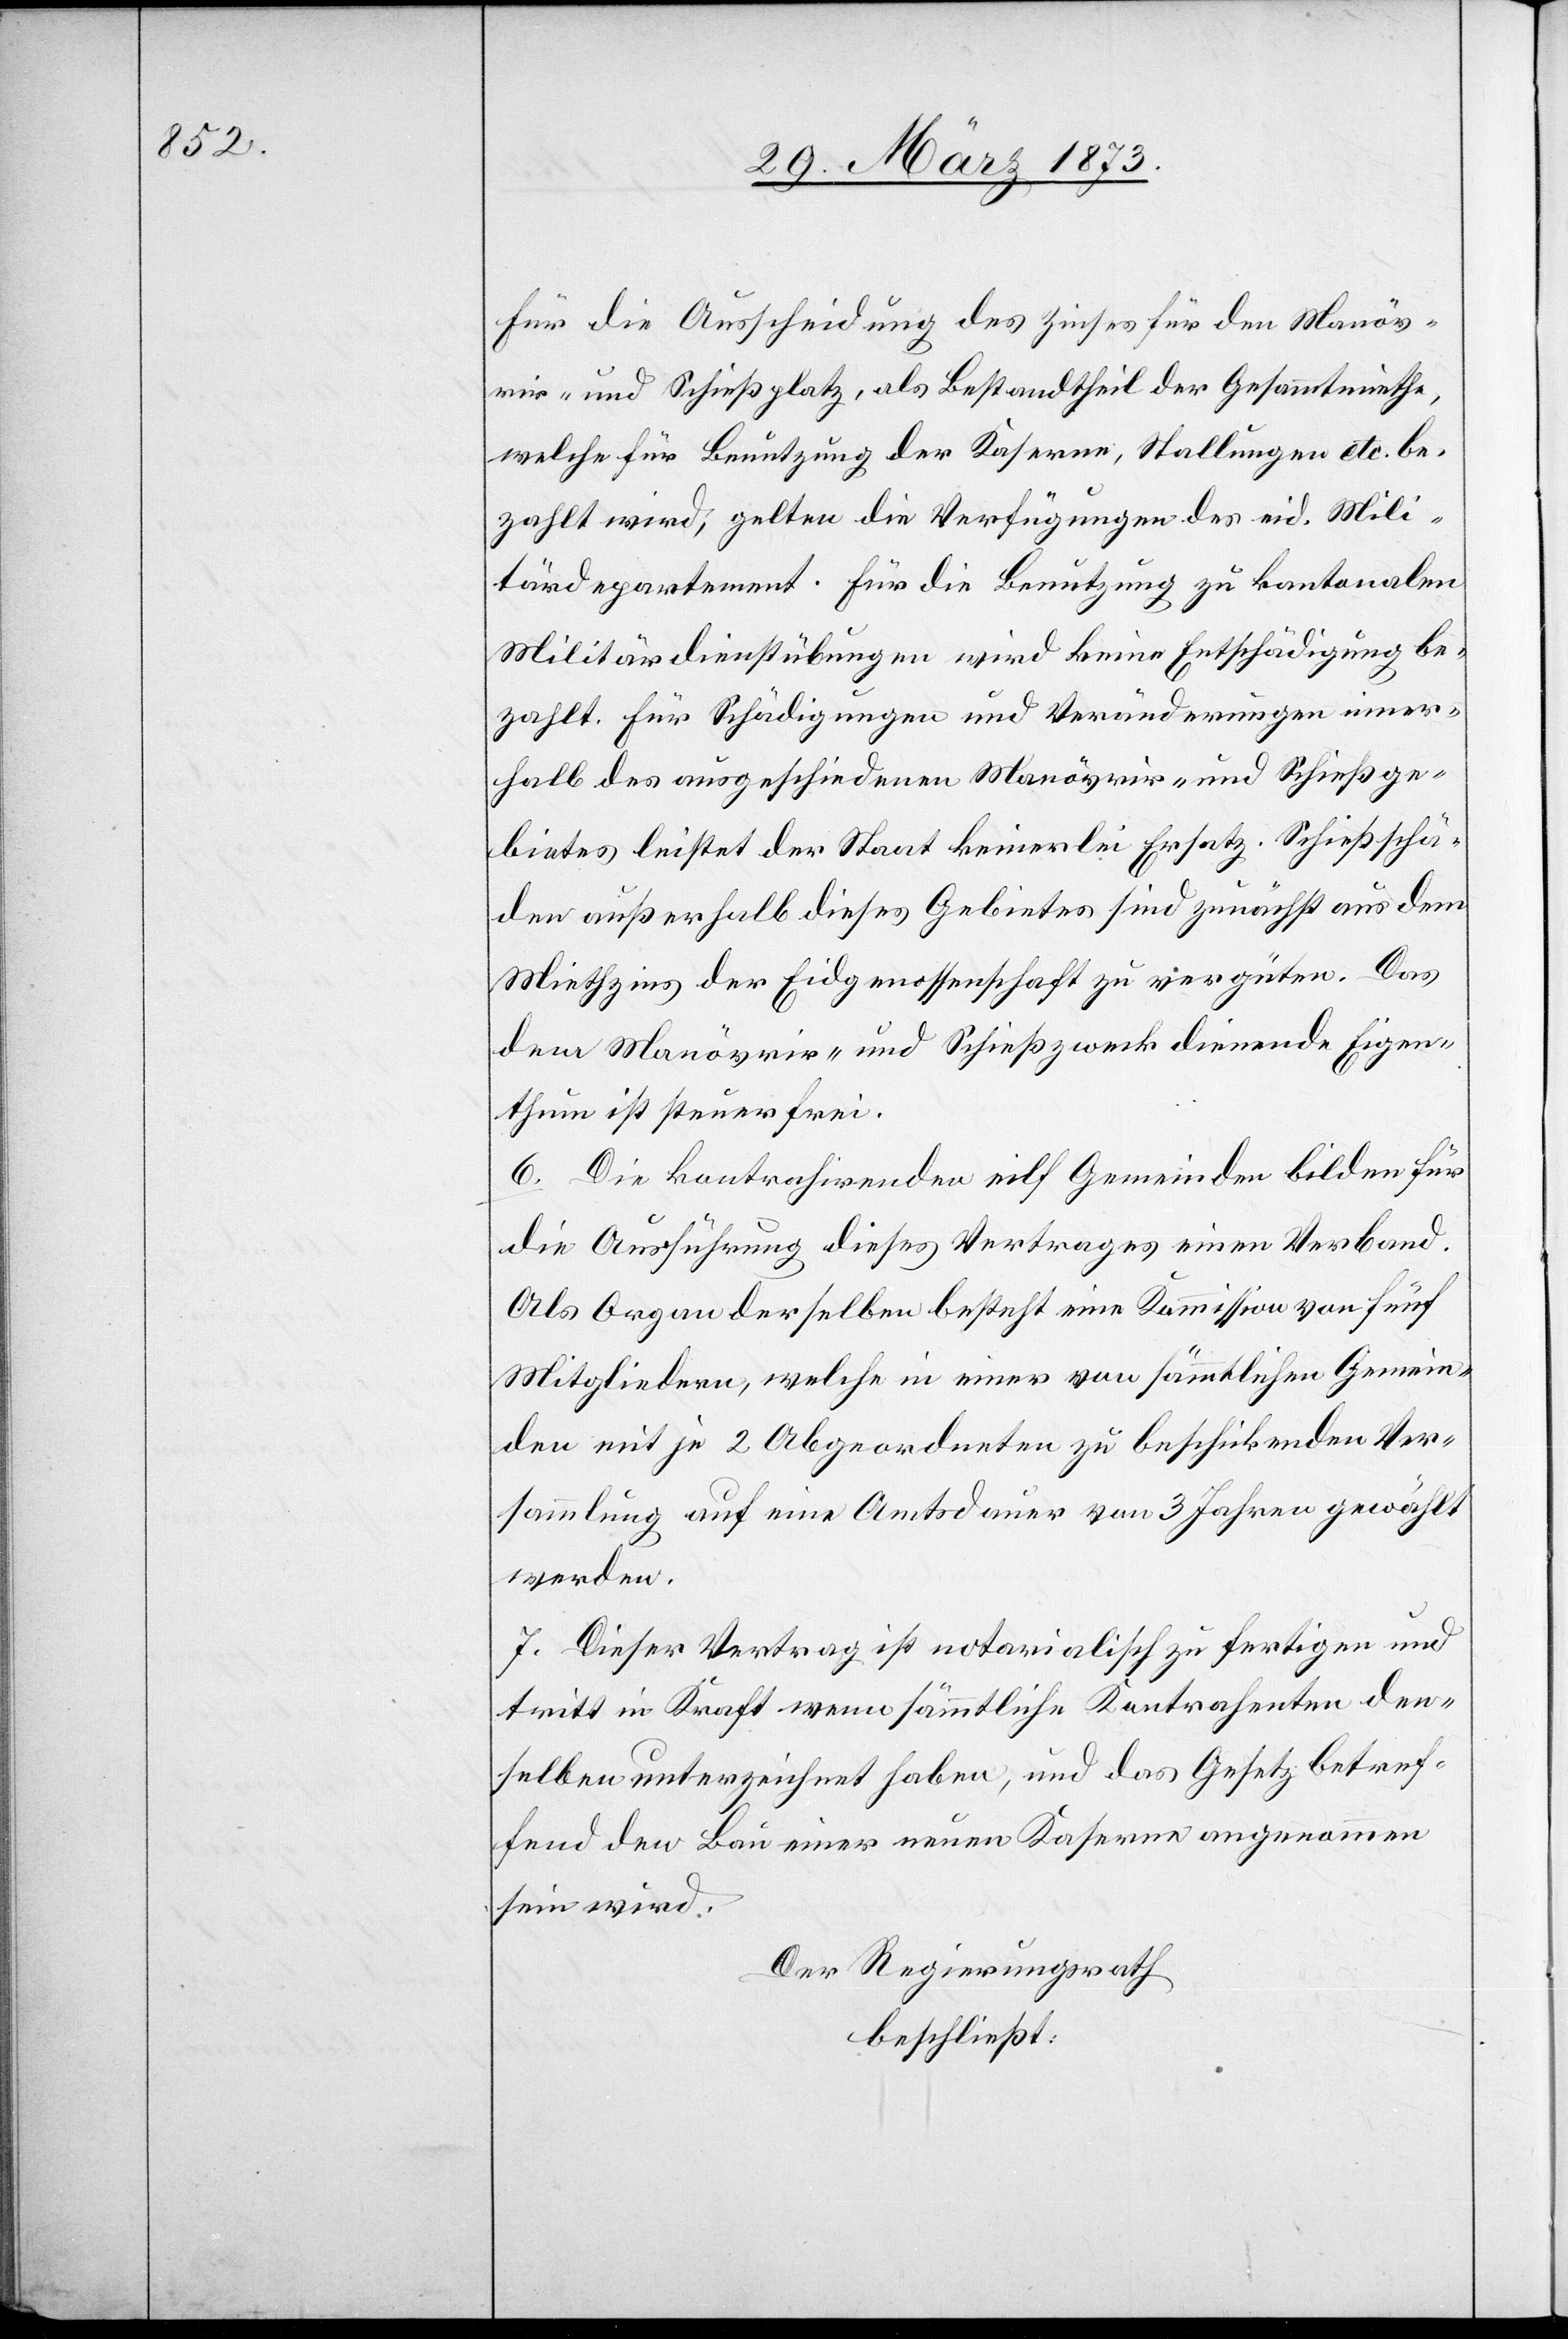
Für die Ausscheidung des Zinses für den Manöv¬
rir- und Schießplatz, als Bestandtheil der Gesammtmiethe,
welche für Benutzung der Kaserne, Stallungen etc. be¬
zahlt wird, gelten die Verfügungen des eid. Mili¬
tärdepartement. Für die Benutzung zu kantonalen
Militärdienstübungen wird keine Entschädigung be¬
zahlt. Für Schädigungen und Veränderungen inner¬
halb des ausgeschiedenen Manövrir- und Schießge¬
bietes leistet der Staat keinerlei Ersatz. Schießschä¬
den außerhalb dieses Gebietes sind zunächst aus dem
Miethzins der Eidgenossenschaft zu vergüten. Das
dem Manövrir- und Schießzweck dienende Eigen¬
thum ist steuerfrei.
6. Die kontrahirenden eilf Gemeinden bilden für
die Ausführung dieses Vertrages einen Verband.
Als Organ derselben besteht eine Kommission von fünf
Mitgliedern, welche in einer von sämmtlichen Gemein¬
den mit je 2 Abgeordneten zu beschickenden Ver¬
sammlung auf eine Amtsdauer von 3 Jahren gewählt
werden.
7. Dieser Vertrag ist notarialisch zu fertigen und
tritt in Kraft wenn sämmtliche Kontrahenten den¬
selben unterzeichnet haben, und das Gesetz betref¬
fend den Bau einer neuen Kaserne angenommen
sein wird.
Der Regierungsrath
beschließt: